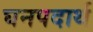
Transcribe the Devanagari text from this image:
घनपदार्थ